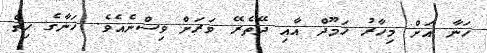
ހަނާ އަށް މިހާރު ހަމޫދް އާއި ދޭތެރޭ ވަރަށް ވިސްނެއެވެ. ހަނާގެ ހިތް